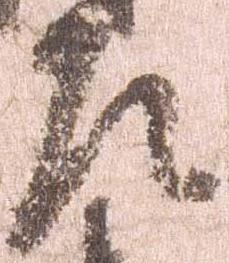
左